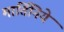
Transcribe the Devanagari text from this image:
मार्तिनिये